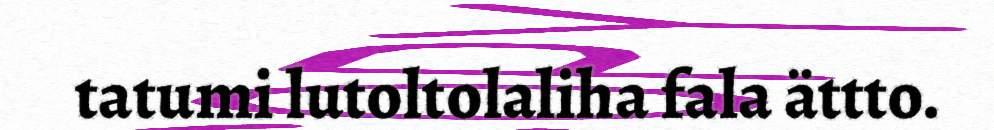
tatumi lutoltolaliha fala ättto.